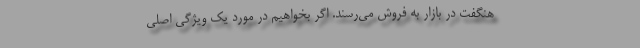
هنگفت در بازار به فروش می‌رسند. اگر بخواهیم در مورد یک ویژگی اصلی